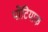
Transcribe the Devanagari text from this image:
पोंटियाक